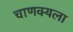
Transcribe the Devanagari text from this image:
चाणक्यला